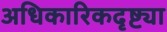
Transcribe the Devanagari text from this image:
अधिकारिकदृष्ट्या